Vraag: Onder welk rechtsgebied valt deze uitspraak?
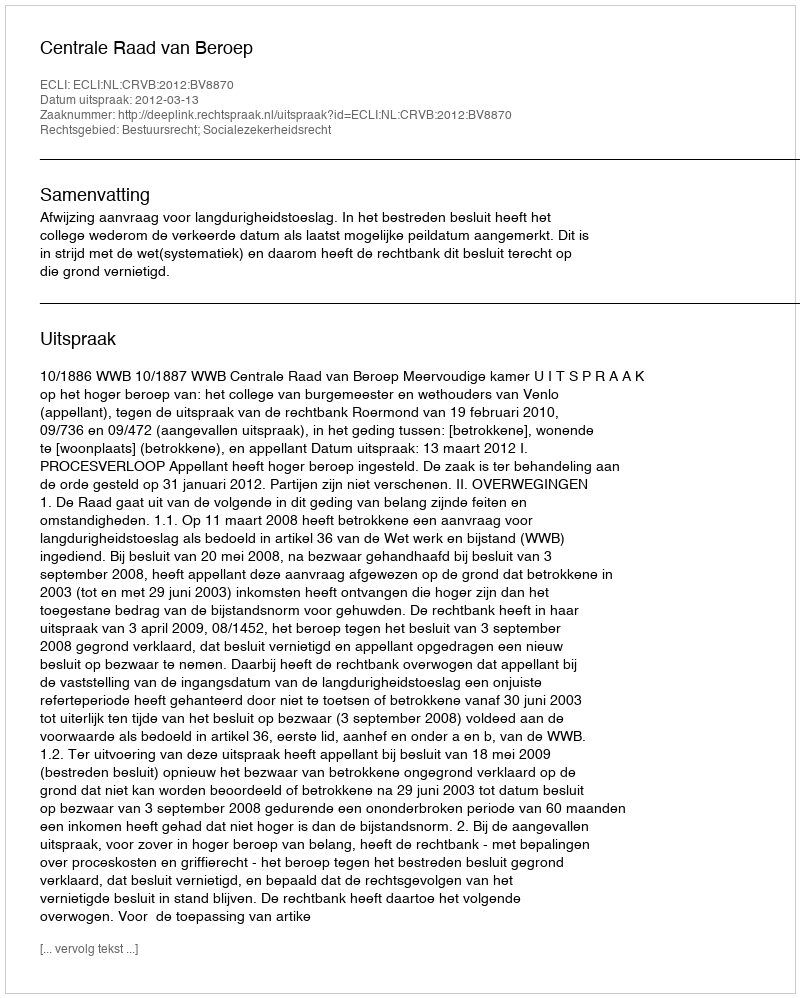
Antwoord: Bestuursrecht; Socialezekerheidsrecht